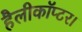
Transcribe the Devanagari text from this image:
हैलीकॉप्टर।